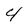
Character: 4